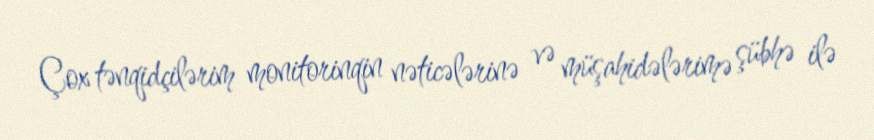
Çox tənqidçilərim monitorinqin nəticələrinə və müşahidələrimə şübhə ilə